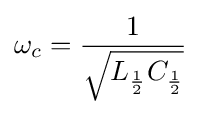
\omega _{c}={\frac {1}{\sqrt {L_{\frac {1}{2}}C_{\frac {1}{2}}}}}